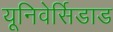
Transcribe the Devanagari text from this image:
यूनिवेर्सिडाड